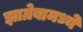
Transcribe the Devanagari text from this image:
झाग्रेबामध्ये